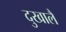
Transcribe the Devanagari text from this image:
दुखालै